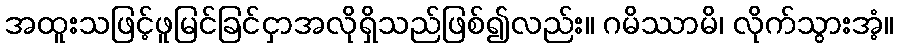
အထူးသဖြင့်ဖူမြင်ခြင်ငှာအလိုရှိသည်ဖြစ်၍လည်း။ ဂမိဿာမိ၊ လိုက်သွားအံ့။